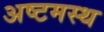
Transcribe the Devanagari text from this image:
अष्टमस्थ